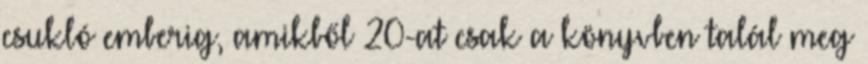
csukló emberig, amikből 20-at csak a könyvben talál meg